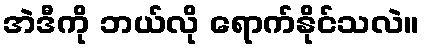
အဲဒီကို ဘယ်လို ရောက်နိုင်သလဲ။